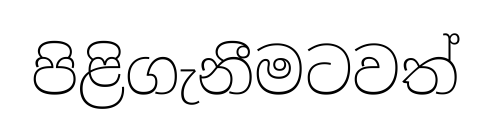
පිළිගැනීමටවත්